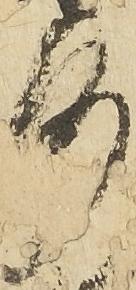
沙